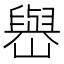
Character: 𡽬